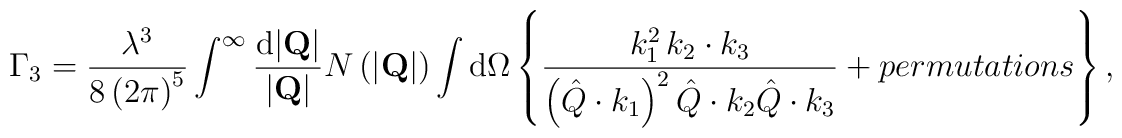
\Gamma_3=\frac{\lambda^3}{8\left(2\pi\right)^5}\int^\infty \frac{{\rm d} |{\bf Q}|}{|{\bf Q}|}N\left(|{\bf Q}|\right)\int {\rm d}\Omega\left\{\frac{k_1^2\,k_2\cdot k_3}{\left(\hat Q\cdot k_1\right)^2 \hat Q\cdot k_2 \hat Q\cdot k_3}+ permutations\right\},